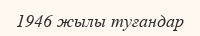
1946 жылы туғандар